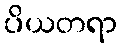
ပိယတရာ